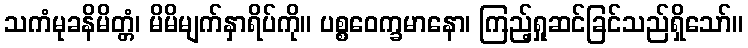
သကံမုခနိမိတ္တံ၊ မိမိမျက်နှာရိပ်ကို။ ပစ္စဝေက္ခမာနော၊ ကြည့်ရှုဆင်ခြင်သည်ရှိသော်။